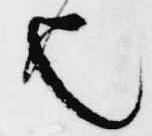
也